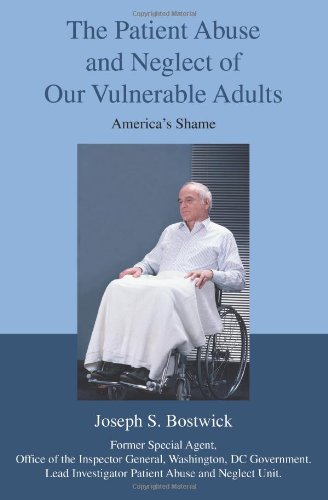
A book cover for The Patient Abuse and Neglect of Our Vulnerable Adults: America's Shame; Joseph Bostwick; Law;